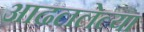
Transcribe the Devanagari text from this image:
आढललेल्या